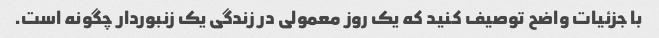
با جزئیات واضح توصیف کنید که یک روز معمولی در زندگی یک زنبوردار چگونه است.